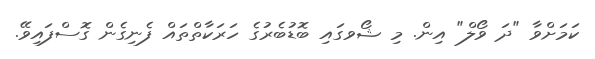
ކަމަށްވާ "ދަ ވޯލް" އިން. މި ޝޯވގައި ބޮޑުބެރުގެ ހަރަކާތްތައް ފެނިގެން ގޮސްފައިވޭ.